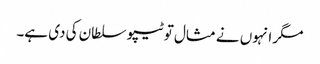
مگر انہوں نے مثال تو ٹیپو سلطان کی دی ہے۔